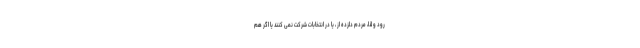
رود و لذا، مردم دلزده از ، یا در انتخابات شرکت نمی کنند یا اگر هم